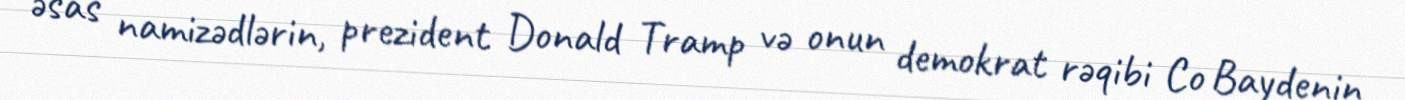
əsas namizədlərin, prezident Donald Tramp və onun demokrat rəqibi Co Baydenin